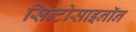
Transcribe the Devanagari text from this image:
सिन्टोसाइनॉन